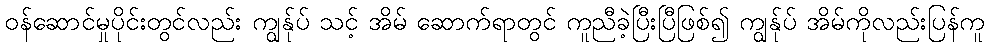
ဝန်ဆောင်မှုပိုင်းတွင်လည်း ကျွန်ုပ် သင့် အိမ် ဆောက်ရာတွင် ကူညီခဲ့ပြီးပြီဖြစ်၍ ကျွန်ုပ် အိမ်ကိုလည်းပြန်ကူ